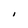
Character: I